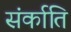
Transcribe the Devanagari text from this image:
संर्काति